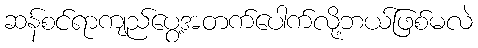
ဆန်စင်ရာကျည်ပွေ့အတက်ပေါက်လို့ဘယ်ဖြစ်မလဲ